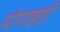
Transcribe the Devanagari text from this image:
मोराझड़ी